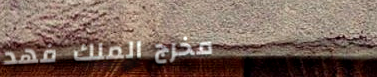
مخرج الملك فهد